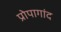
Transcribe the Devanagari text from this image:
प्रोपागांद